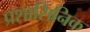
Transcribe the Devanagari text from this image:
प्रशासिनिक